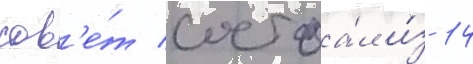
сов'е́т состоа́л и́з 14